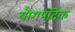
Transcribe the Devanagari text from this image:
यौगपदिक